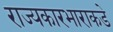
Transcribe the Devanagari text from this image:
राज्यकारभाराकडे